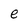
Character: e